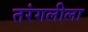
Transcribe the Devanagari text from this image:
तरंगलीला